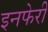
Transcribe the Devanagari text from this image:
इनफेरी